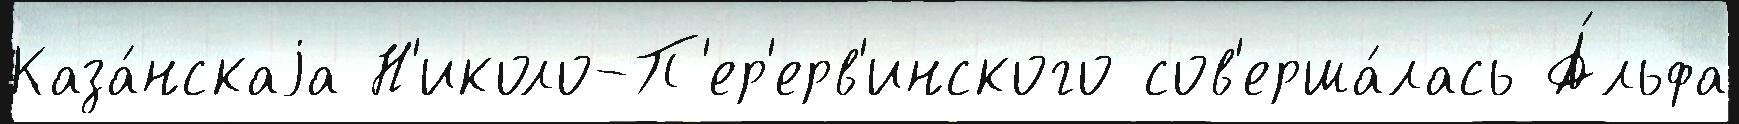
Каза́нскаjа Н'иколо-П'ер'ерв'инского сов'ерша́лась А́льфа